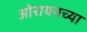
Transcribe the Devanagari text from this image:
ओरायनच्या